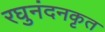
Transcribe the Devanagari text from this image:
रघुनंदनकृत